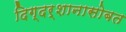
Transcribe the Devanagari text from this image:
दिग्दर्शानासोबत